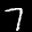
Label: 7